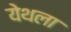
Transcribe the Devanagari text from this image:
येथला